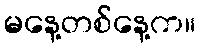
မနေ့တစ်နေ့က။